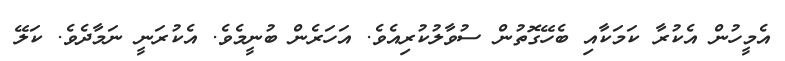
އެމީހުން އެކުރާ ކަމަކާއި ބެހޭގޮތުން ސުވާލުކުރިއެވެ. އަހަރެން ބުނީމެވެ. އެކުރަނީ ނަމާދެވެ. ކަލޭ